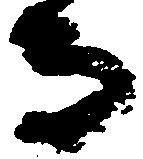
守